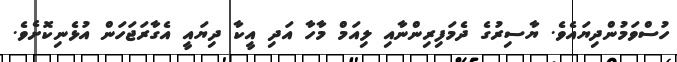
ހުސްވަމުންދިޔައެވެ. ޔާސިރުގެ ދެމަފިރިންނާއި ލިއަމް މާހާ އަދި އީކާ ދިޔައީ އެގާރަޖަހަން އުޅެނިކޮށެވެ.